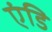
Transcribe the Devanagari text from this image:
एंडि